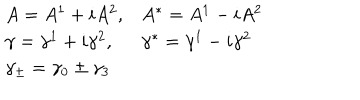
LaTeX: \begin{array} { l l } { { A = A ^ { 1 } + i A ^ { 2 } , } } & { { A ^ { * } = A ^ { 1 } - i A ^ { 2 } } } \\ { { \gamma = \gamma ^ { 1 } + i \gamma ^ { 2 } , } } & { { \gamma ^ { * } = \gamma ^ { 1 } - i \gamma ^ { 2 } } } \\ { { \gamma _ { \pm } = \gamma _ { 0 } \pm \gamma _ { 3 } } } & { { } } \\ \end{array}